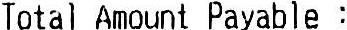
TOTAL AMOUNT PAYABLE :